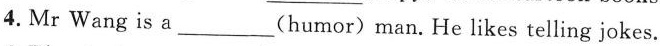
4.Mr Wang is a ___(humor) man.He likes telling jokes.